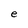
Character: e